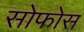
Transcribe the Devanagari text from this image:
सोफोस